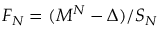
F _ { N } = ( M ^ { N } - \Delta ) / S _ { N }